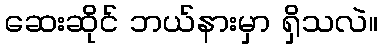
ဆေးဆိုင် ဘယ်နားမှာ ရှိသလဲ။